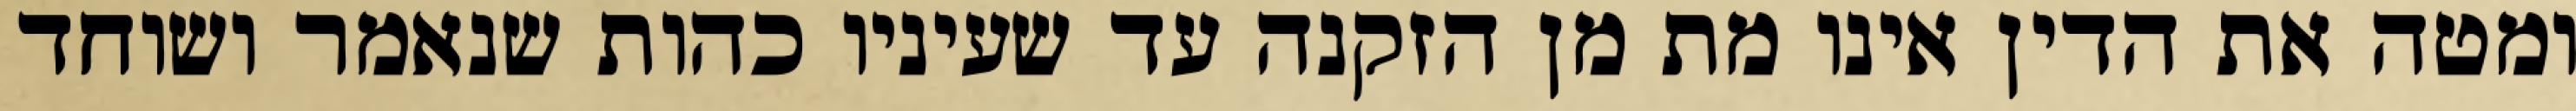
ומטה את הדין אינו מת מן הזקנה עד שעיניו כהות שנאמר ושוחד